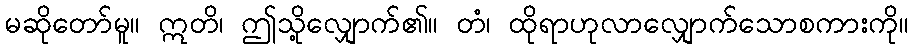
မဆိုတော်မူ။ ဣတိ၊ ဤသို့လျှောက်၏။ တံ၊ ထိုရာဟုလာလျှောက်သောစကားကို။